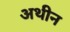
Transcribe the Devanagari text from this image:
अथीन